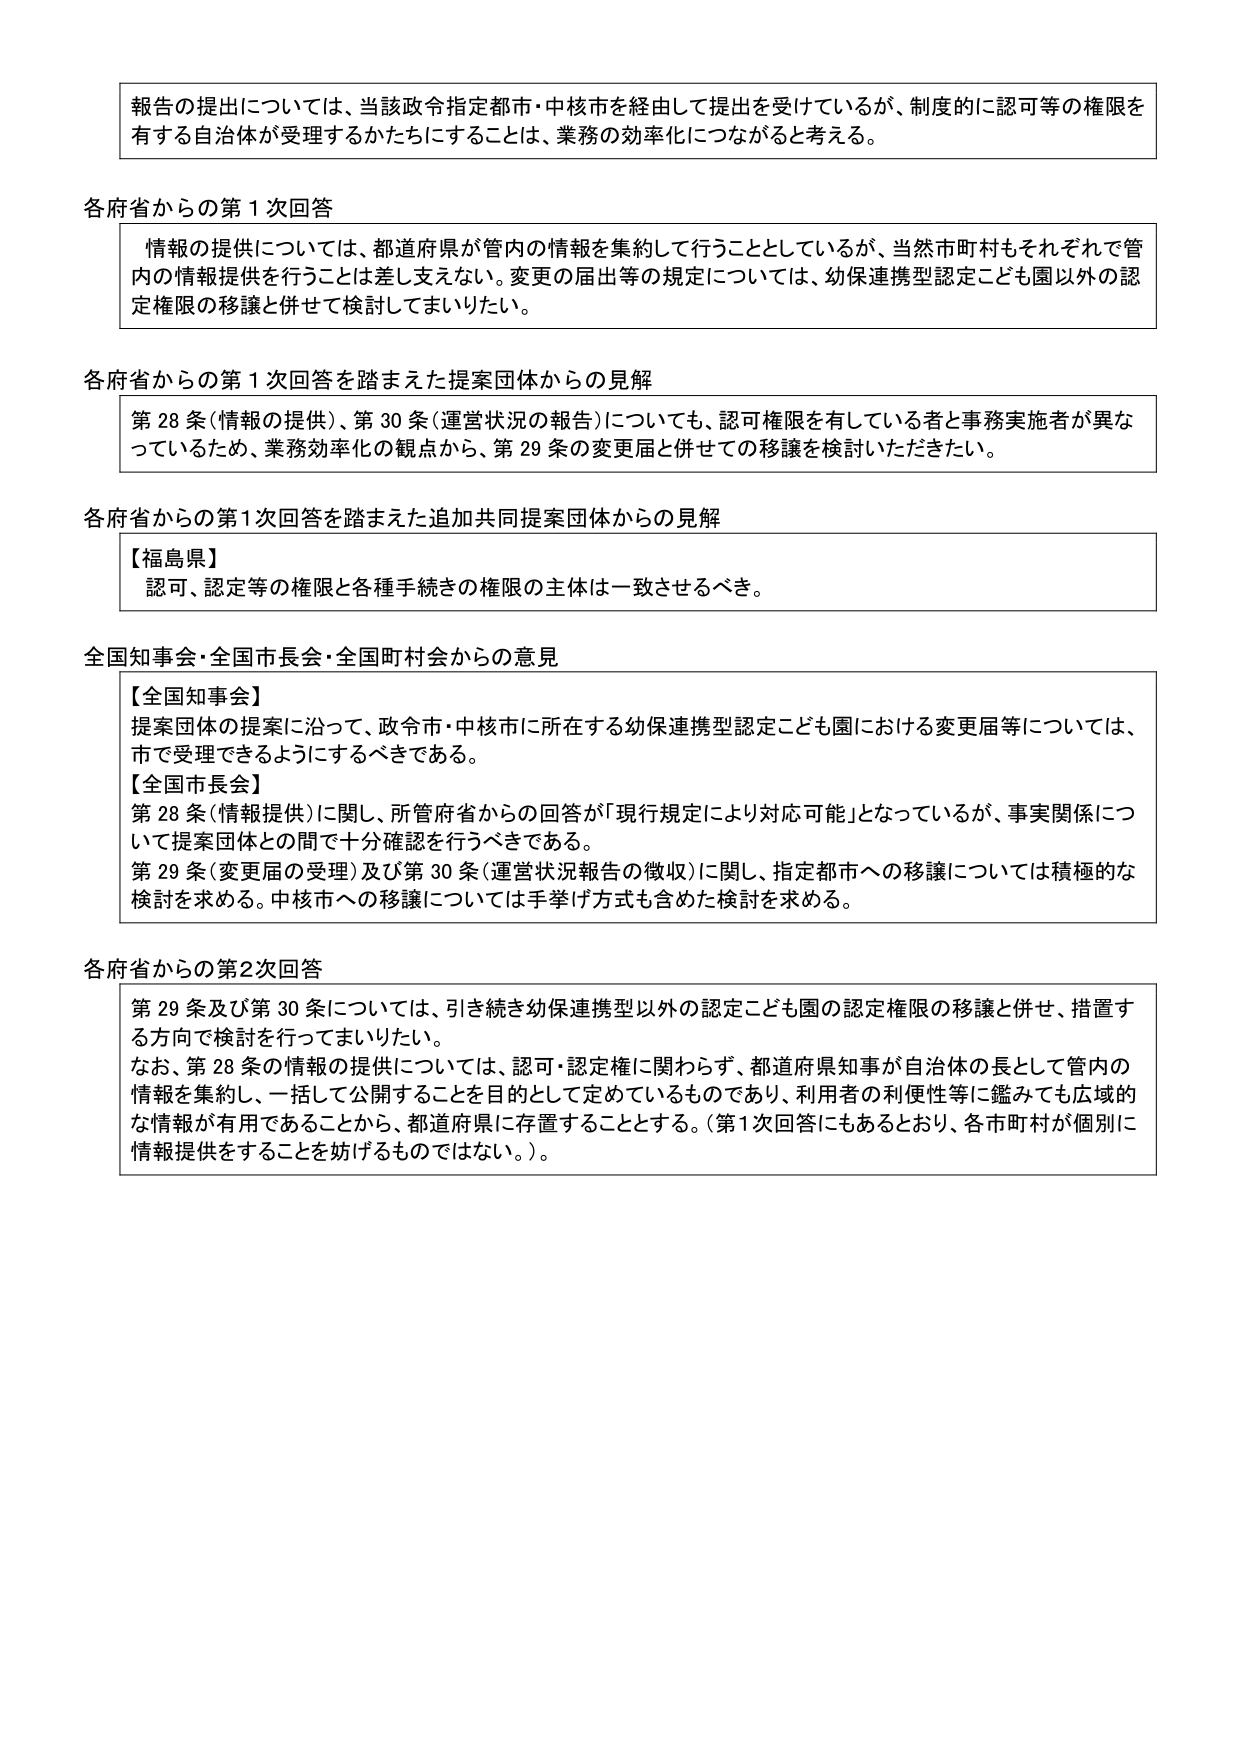
報告の提出については、当該政令指定都市・中核市を経由して提出を受けているが、制度的に認可等の権限を有する自治体が受理するかたちにすることは、業務の効率化につながると考える。

各府省からの第1次回答
情報の提供については、都道府県が管内の情報を集約して行うこととしているが、当然市町村もそれぞれで管内の情報提供を行うことは差し支えない。変更の届出等の規定については、幼保連携型認定こども園以外の認定権限の移譲と併せて検討してまいりたい。

各府省からの第1次回答を踏まえた提案団体からの見解
第28条（情報の提供）、第30条（運営状況の報告）についても、認可権限を有している者と事務実施者が異なっているため、業務効率化の観点から、第29条の変更届と併せての移譲を検討いただきたい。

各府省からの第1次回答を踏まえた追加共同提案団体からの見解
【福島県】
認可、認定等の権限と各種手続きの権限の主体は一致させるべき。

全国知事会・全国市長会・全国町村会からの意見
【全国知事会】
提案団体の提案に沿って、政令市・中核市に所在する幼保連携型認定こども園における変更届等については、市で受理できるようにするべきである。
【全国市長会】
第28条（情報提供）に関し、所管府省からの回答が「現行規定により対応可能」となっているが、事実関係について提案団体との間で十分確認を行うべきである。
第29条（変更届の受理）及び第30条（運営状況報告の徴収）に関し、指定都市への移譲については積極的な検討を求める。中核市への移譲については手挙げ方式も含めた検討を求める。

各府省からの第2次回答
第29条及び第30条については、引き続き幼保連携型以外の認定こども園の認定権限の移譲と併せ、措置する方向で検討を行ってまいりたい。
なお、第28条の情報の提供については、認可・認定権に関わらず、都道府県知事が自治体の長として管内の情報を集約し、一括して公開することを目的として定めているものであり、利用者の利便性等に鑑みても広域的な情報が有用であることから、都道府県に存置することとする。（第1次回答にもあるとおり、各市町村が個別に情報提供をすることを妨げるものではない。）。